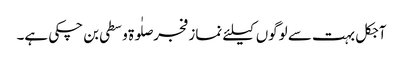
آجکل بہت سے لوگوں کیلئے نماز فجر صلٰوۃ وسطی بن چکی ہے۔